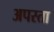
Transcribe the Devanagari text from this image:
अपस्ता